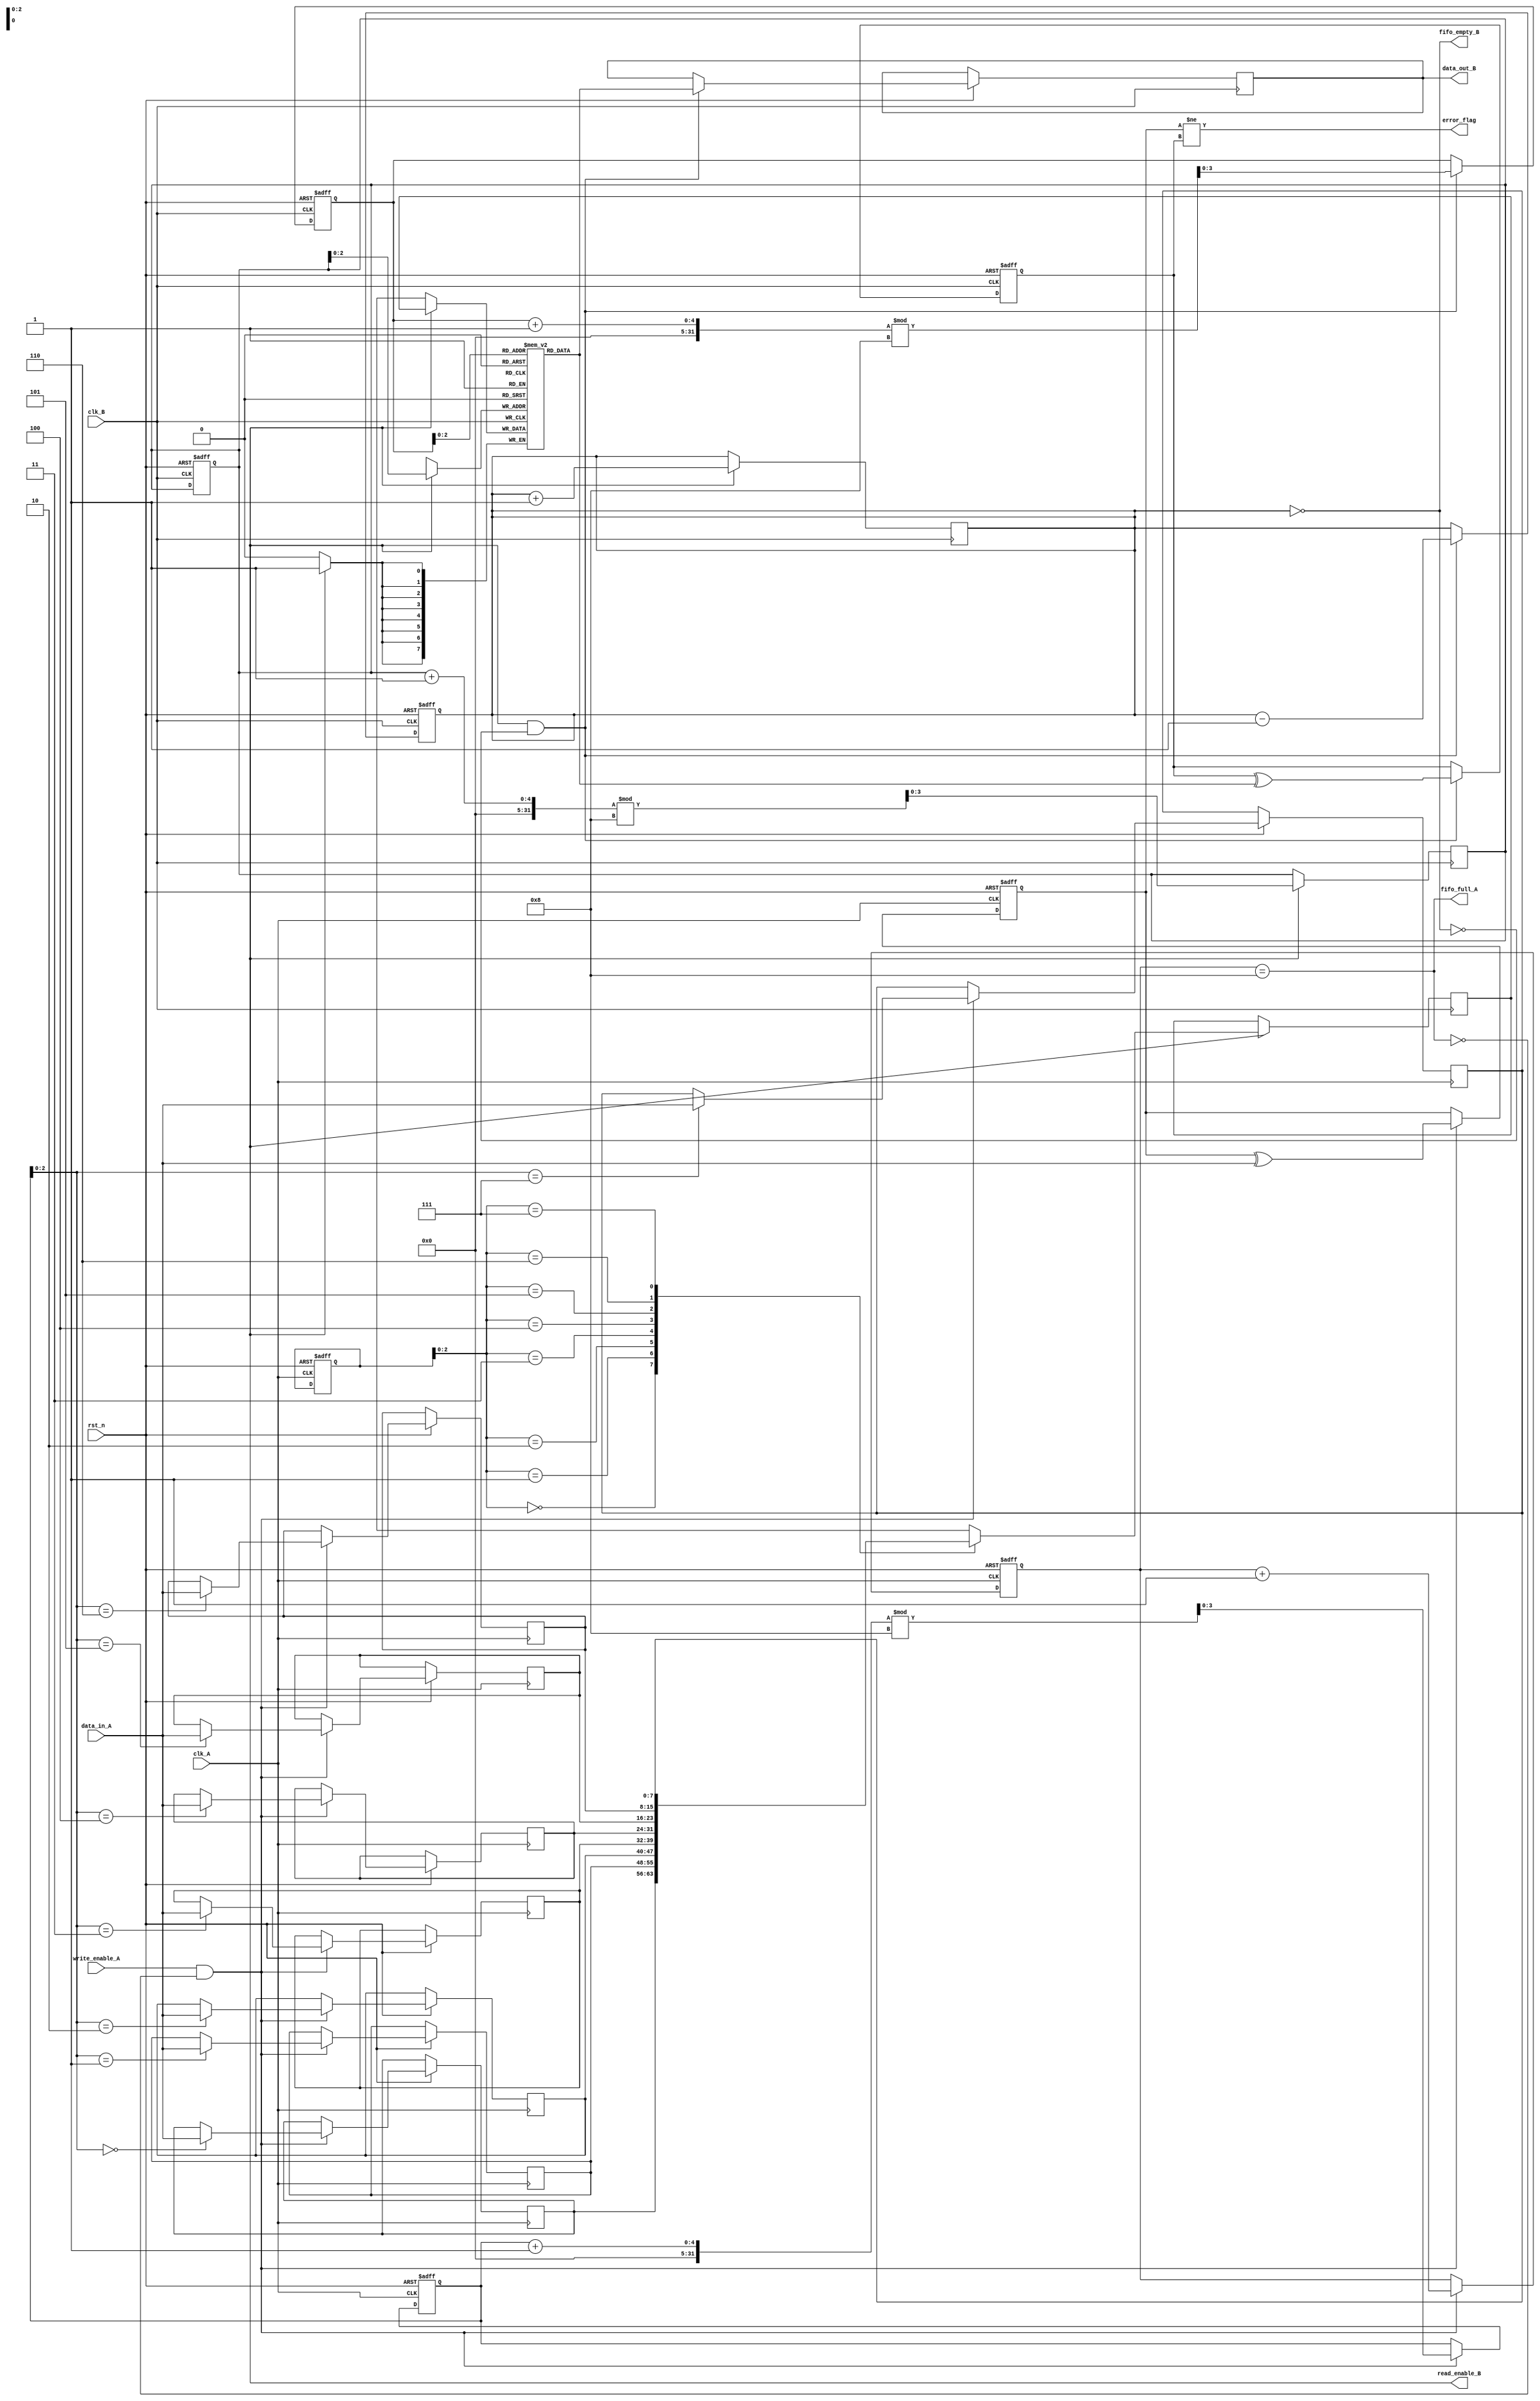
module CDC_MemoryBlocks #(
    parameter DATA_WIDTH = 8,
    parameter FIFO_DEPTH = 8
)(
    input wire clk_A,         // Source Clock
    input wire clk_B,         // Destination Clock
    input wire rst_n,         // Asynchronous Active Low Reset
    input wire [DATA_WIDTH-1:0] data_in_A, // Data input from the source domain
    input wire write_enable_A, // Write enable signal in source clock domain
    output wire [DATA_WIDTH-1:0] data_out_B, // Data output to the destination domain
    output wire read_enable_B, // Read enable signal in destination clock domain
    output wire error_flag,    // Error signal for data integrity
    output wire fifo_full_A,   // FIFO full status in source domain
    output wire fifo_empty_B    // FIFO empty status in destination domain
);

// Define FIFO for clock domain A
reg [DATA_WIDTH-1:0] fifo_A [0:FIFO_DEPTH-1];
reg [3:0] write_ptr_A, read_ptr_A, count_A;

// Define FIFO for clock domain B
reg [DATA_WIDTH-1:0] fifo_B [0:FIFO_DEPTH-1];
reg [3:0] write_ptr_B, read_ptr_B, count_B;

// Error detection variables
reg [DATA_WIDTH-1:0] parity_A, parity_B;
reg [DATA_WIDTH-1:0] data_buffer_B;

// FIFO logic for Clock Domain A
always @(posedge clk_A or negedge rst_n) begin
    if (!rst_n) begin
        write_ptr_A <= 0;
        read_ptr_A <= 0;
        count_A <= 0;
        parity_A <= 0;
    end else if (write_enable_A && !fifo_full_A) begin
        fifo_A[write_ptr_A] <= data_in_A;
        parity_A <= parity_A ^ data_in_A; // Calculate parity
        write_ptr_A <= (write_ptr_A + 1) % FIFO_DEPTH;
        count_A <= count_A + 1;
    end
end

assign fifo_full_A = (count_A == FIFO_DEPTH);

// FIFO logic for Clock Domain B
always @(posedge clk_B or negedge rst_n) begin
    if (!rst_n) begin
        write_ptr_B <= 0;
        read_ptr_B <= 0;
        count_B <= 0;
        parity_B <= 0;
    end else if (read_enable_B && !fifo_empty_B) begin
        data_buffer_B <= fifo_B[read_ptr_B];
        parity_B <= parity_B ^ fifo_B[read_ptr_B]; // Calculate parity
        read_ptr_B <= (read_ptr_B + 1) % FIFO_DEPTH;
        count_B <= count_B - 1;
    end
end

assign fifo_empty_B = (count_B == 0);

// Synchronizer for data transfer from FIFO A to FIFO B
reg [DATA_WIDTH-1:0] data_sync;

// Synchronizer Logic
always @(posedge clk_B) begin
    if (read_enable_B) begin
        data_sync <= fifo_A[read_ptr_A];
        fifo_B[write_ptr_B] <= data_sync; // Transfer data to FIFO B
        write_ptr_B <= (write_ptr_B + 1) % FIFO_DEPTH;
        count_B <= count_B + 1;
    end
end

// Error detection and flag generation
assign error_flag = (parity_A != parity_B);

// Output data
assign data_out_B = data_buffer_B;

endmodule